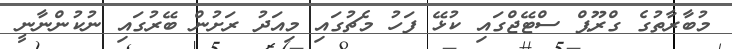
މުބާރާތުގެ ގްރޫޕް ސްޓޭޖްގައި ކުޅޭ ފަހު މެޗުގައި މިއަދު ރަށުން ބޭރުގައި ނުކުންނާނީ